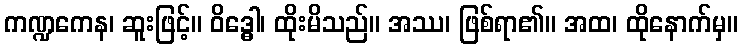
ကဏ္ဍကေန၊ ဆူးဖြင့်။ ဝိဒ္ဓေါ၊ ထိုးမိသည်။ အဿ၊ ဖြစ်ရာ၏။ အထ၊ ထိုနောက်မှ။